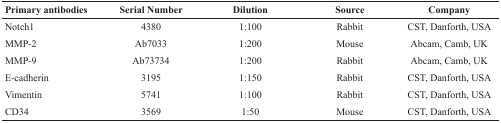
<table><thead><tr><td><b>Primary antibodies</b></td><td><b>Serial Number</b></td><td><b>Dilution</b></td><td><b>Source</b></td><td><b>Company</b></td></tr></thead><tbody><tr><td>Notch1</td><td>4380</td><td>1:100</td><td>Rabbit</td><td>CST, Danforth, USA</td></tr><tr><td>MMP-2</td><td>Ab7033</td><td>1:200</td><td>Mouse</td><td>Abcam, Camb, UK</td></tr><tr><td>MMP-9</td><td>Ab73734</td><td>1:200</td><td>Rabbit</td><td>Abcam, Camb, UK</td></tr><tr><td>E-cadherin</td><td>3195</td><td>1:150</td><td>Rabbit</td><td>CST, Danforth, USA</td></tr><tr><td>Vimentin</td><td>5741</td><td>1:100</td><td>Rabbit</td><td>CST, Danforth, USA</td></tr><tr><td>CD34</td><td>3569</td><td>1:50</td><td>Mouse</td><td>CST, Danforth, USA</td></tr></tbody></table>